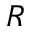
R